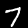
Digit: 7